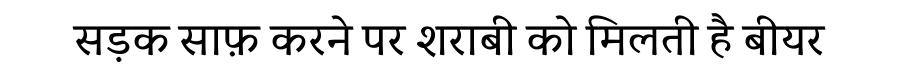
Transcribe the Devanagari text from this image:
सड़क साफ़ करने पर शराबी को मिलती है बीयर